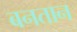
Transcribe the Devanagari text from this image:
बनतान